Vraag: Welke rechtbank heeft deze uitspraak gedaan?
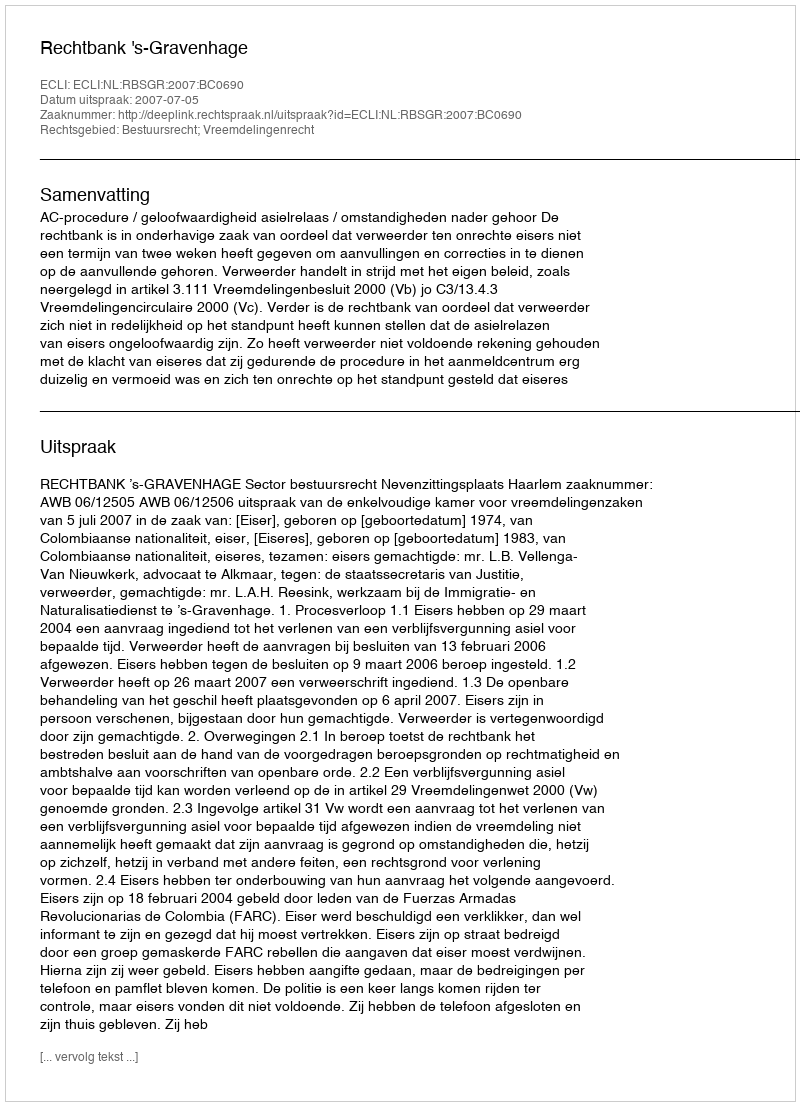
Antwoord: Rechtbank 's-Gravenhage